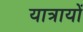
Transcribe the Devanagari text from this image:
यात्रायों